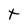
Character: t